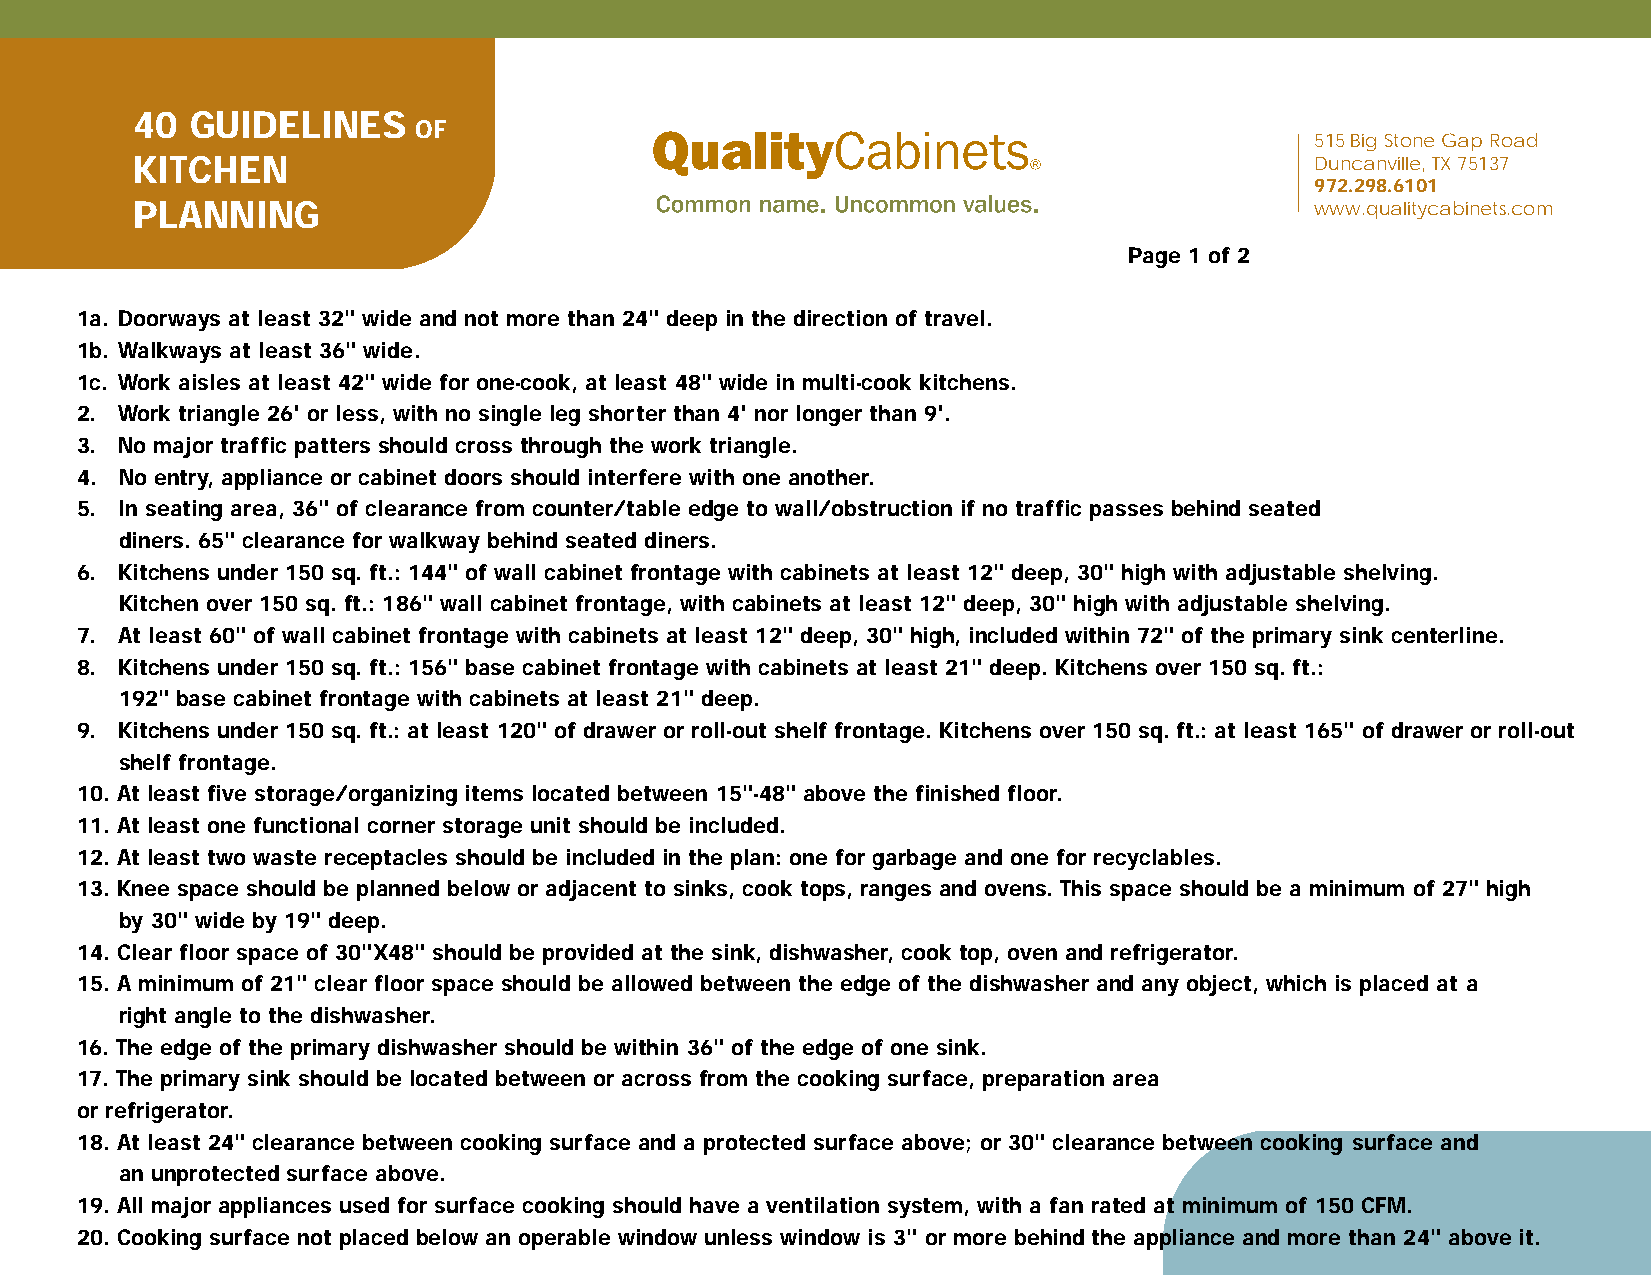
40  GUIDELINES
 OF
 515 Big Stone Gap Road
 KITCHEN                                                                       Duncanville, TX 75137
 972.298.6101
 PLANNING                                                                      www.qualitycabinets.com
 Page 1 of 2
 1a. Doorways at least 32" wide and not more than 24" deep in the direction of travel.
 1b. Walkways at least 36" wide.
 1c. Work aisles at least 42" wide for one-cook, at least 48" wide in multi-cook kitchens.
 2. Work triangle 26' or less, with no single leg shorter than 4' nor longer than 9'.
 3. No major traffic patters should cross through the work triangle.
 4. No entry, appliance or cabinet doors should interfere with one another.
 5. In seating area, 36" of clearance from counter/table edge to wall/obstruction if no traffic passes behind seated
 diners. 65" clearance for walkway behind seated diners.
 6. Kitchens under 150 sq. ft.: 144" of wall cabinet frontage with cabinets at least 12" deep, 30" high with adjustable shelving.
 Kitchen over 150 sq. ft.: 186" wall cabinet frontage, with cabinets at least 12" deep, 30" high with adjustable shelving.
 7. At least 60" of wall cabinet frontage with cabinets at least 12" deep, 30" high, included within 72" of the primary sink centerline.
 8. Kitchens under 150 sq. ft.: 156" base cabinet frontage with cabinets at least 21" deep. Kitchens over 150 sq. ft.:
 192" base cabinet frontage with cabinets at least 21" deep.
 9. Kitchens under 150 sq. ft.: at least 120" of drawer or roll-out shelf frontage. Kitchens over 150 sq. ft.: at least 165" of drawer or roll-out
 shelf frontage.
 10. At least five storage/organizing items located between 15"-48" above the finished floor.
 11. At least one functional corner storage unit should be included.
 12. At least two waste receptacles should be included in the plan: one for garbage and one for recyclables.
 13. Knee space should be planned below or adjacent to sinks, cook tops, ranges and ovens. This space should be a minimum of 27" high
 by 30" wide by 19" deep.
 14. Clear floor space of 30"X48" should be provided at the sink, dishwasher, cook top, oven and refrigerator.
 15. A minimum of 21" clear floor space should be allowed between the edge of the dishwasher and any object, which is placed at a
 right angle to the dishwasher.
 16. The edge of the primary dishwasher should be within 36" of the edge of one sink.
 17. The primary sink should be located between or across from the cooking surface, preparation area
 or refrigerator.
 18. At least 24" clearance between cooking surface and a protected surface above; or 30" clearance between cooking surface and
 an unprotected surface above.
 19. All major appliances used for surface cooking should have a ventilation system, with a fan rated at minimum of 150 CFM.
 20. Cooking surface not placed below an operable window unless window is 3" or more behind the appliance and more than 24" above it.